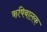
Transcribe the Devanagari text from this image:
ऋषिबालक